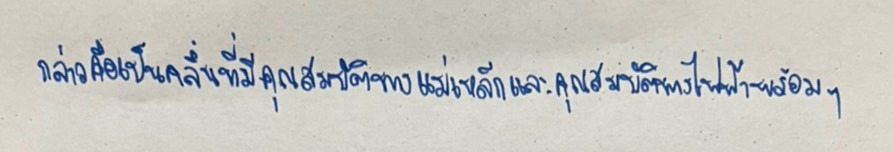
กล่าวคือเป็นคลื่นที่มีคุณสมบัติทางแม่เหล็กและคุณสมบัติทางไฟฟ้าพร้อมๆ